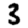
Digit: 3